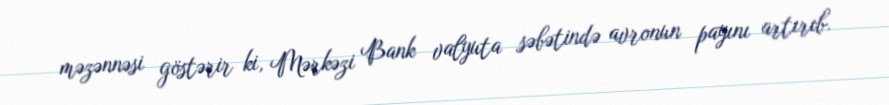
məzənnəsi göstərir ki, Mərkəzi Bank valyuta səbətində avronun payını artırıb.